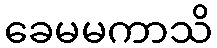
ခေမမကာသိ